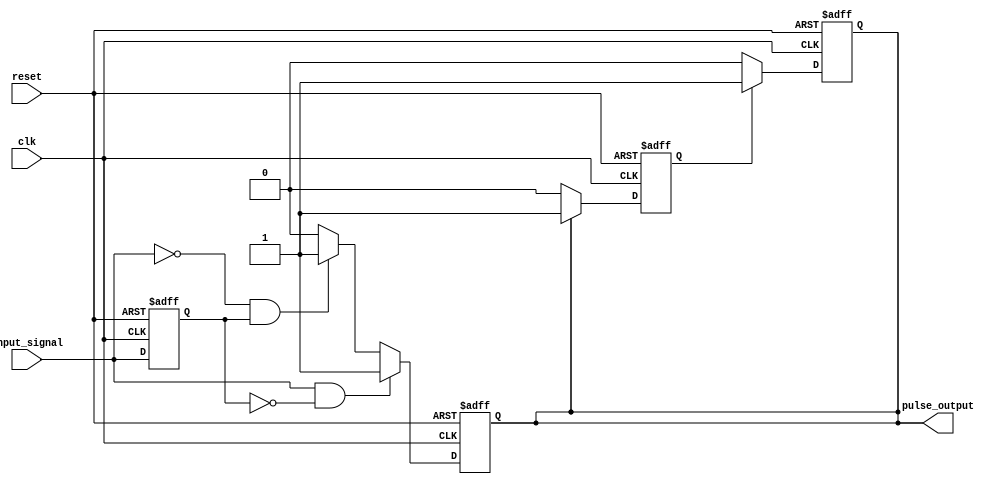
module pulse_edge_detector (
    input wire clk,                  // Clock signal
    input wire reset,                // Asynchronous reset
    input wire input_signal,         // Digital input signal
    output reg pulse_output          // Pulse output signal
);
    // State Memory
    reg previous_state;              // Register to store the previous state

    // Asynchronous reset and state update
    always @(posedge clk or posedge reset) begin
        if (reset) begin
            previous_state <= 1'b0;  // Initialize previous state to low
            pulse_output <= 1'b0;     // Ensure pulse output is low on reset
        end else begin
            // Edge detection logic
            if (input_signal && !previous_state) begin
                // Rising edge detected
                pulse_output <= 1'b1;   // Generate pulse
            end else if (!input_signal && previous_state) begin
                // Falling edge detected
                pulse_output <= 1'b1;   // Generate pulse
            end else begin
                // No edge detected
                pulse_output <= 1'b0;    // Ensure pulse is low if no edge
            end
            // Update previous state
            previous_state <= input_signal;
        end
    end

    // Add a pulse duration control logic
    reg pulse_reg;                   // Intermediate register to hold pulse
    always @(posedge clk or posedge reset) begin
        if (reset) begin
            pulse_reg <= 1'b0;        // Reset pulse register
        end else if (pulse_output) begin
            pulse_reg <= 1'b1;        // Maintain pulse while high
        end else begin
            pulse_reg <= 1'b0;        // Clear pulse otherwise
        end
    end

    // Final pulse output controlled by the pulse register
    always @(posedge clk or posedge reset) begin
        if (reset) begin
            pulse_output <= 1'b0;      // Ensure output is low on reset
        end else begin
            if (pulse_reg) begin
                pulse_output <= 1'b1;   // Pulse output goes high
            end else begin
                pulse_output <= 1'b0;    // Pulse output goes low
            end
        end
    end
endmodule